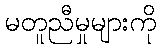
မတူညီမှုများကို